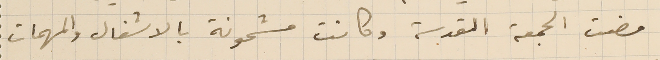
مضت الجمعة المقدسة وكانت مشحونة بالاشغال والمهمات